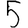
Digit: 5